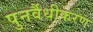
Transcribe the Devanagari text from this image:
पुनर्वैधीकरण